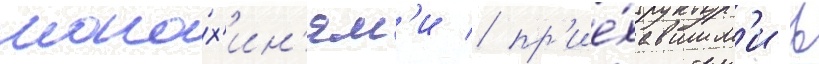
мона́х'ин'ям'и / пр'ие́хавшим'и в